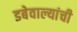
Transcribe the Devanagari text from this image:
डबेवाल्यांची